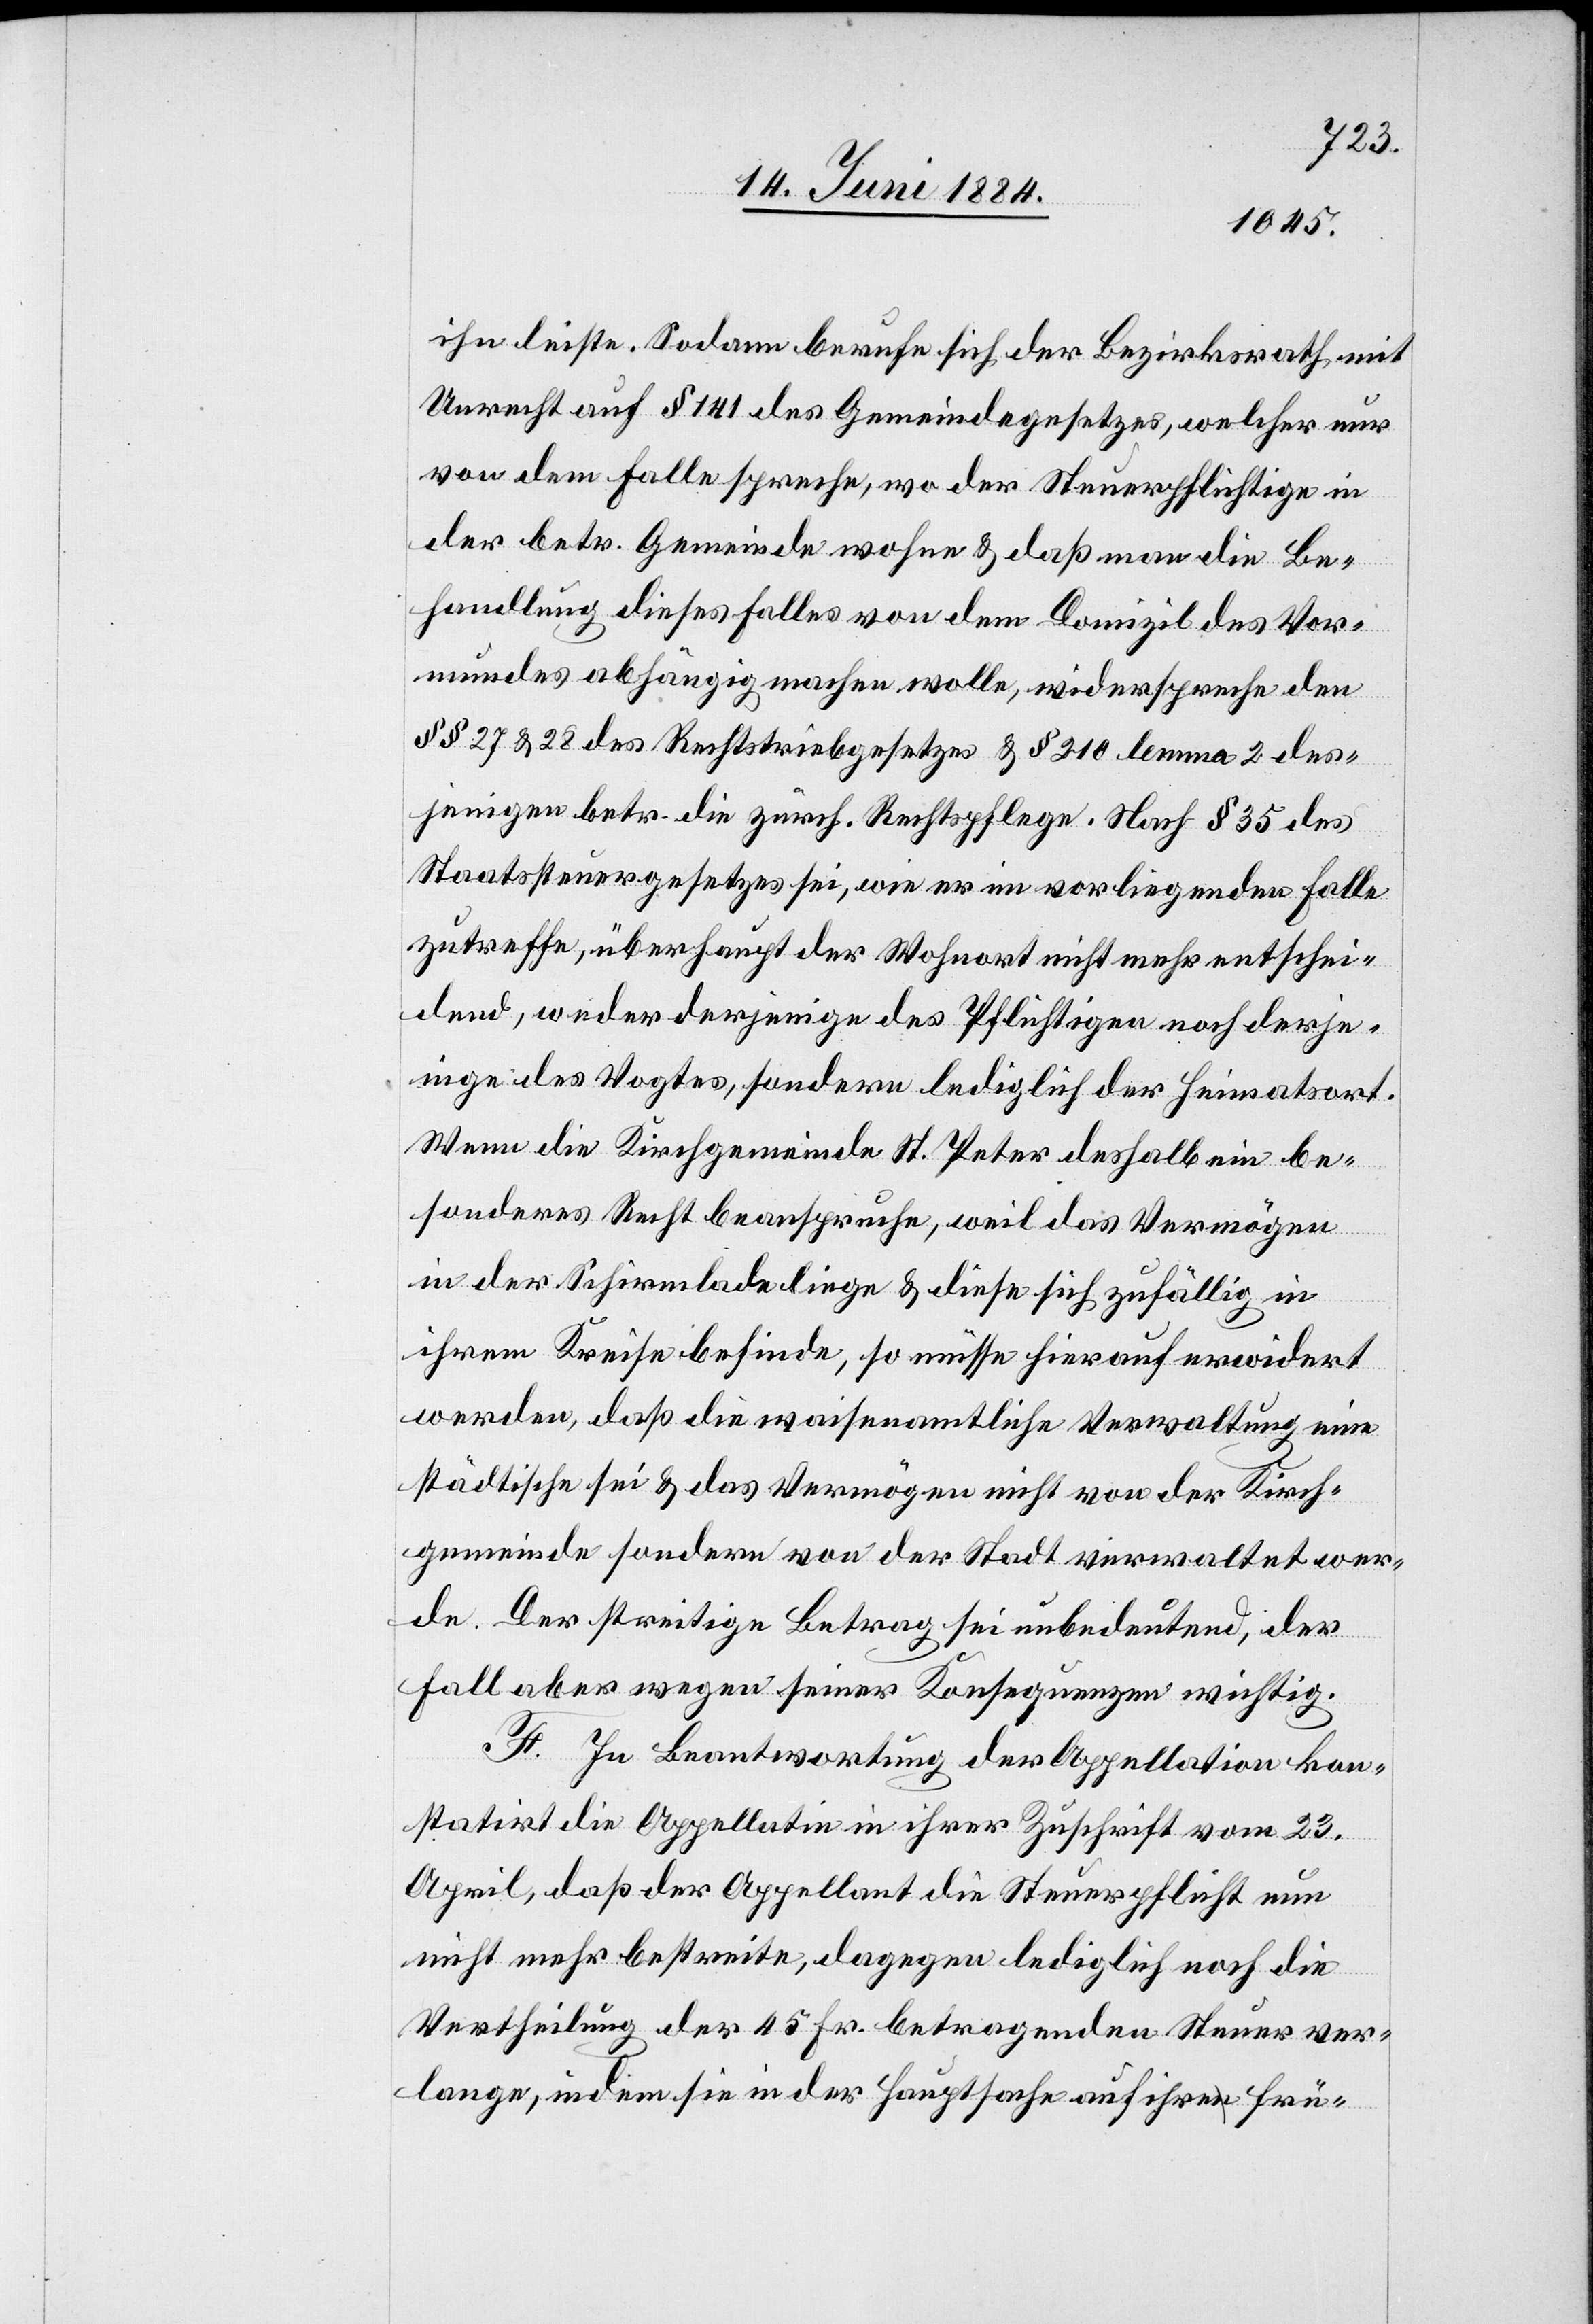
leiste. Sodann berufe sich der Bezirksrath, mit
Unrecht auf § 141 des Gemeindegesetzes, welcher nur
von dem Falle spreche, wo der Steuerpflichtige in
der betr. Gemeinde wohne & daß man die Be¬
handlung dieses Falles von dem Domizil des Vor¬
mundes abhängig machen wolle, widerspreche den
§§ 27 & 28 des Rechtstriebgesetzes & § 210 lemma 2 des¬
jenigen betr. die zürch. Rechtspflege. Nach § 35 des
Staatssteuergesetzes sei, wie er im vorliegenden Falle
zutreffe, überhaupt der Wohnort nicht mehr entschei¬
dend, weder derjenige des Pflichtigen noch derje¬
nige des Vogtes, sondern lediglich der Heimatsort.
Wenn die Kirchgemeinde St. Peter deshalb ein be¬
sonderes Recht beanspruche, weil das Vermögen
in der Schirmlade liege & diese sich zufällig in
ihrem Kreise befinde, so müsse hierauf erwidert
werden, daß die waisenamtliche Verwaltung eine
städtische sei & das Vermögen nicht von der Kirch¬
gemeinde sondern von der Stadt verwaltet wer¬
de. Der streitige Betrag sei unbedeutend, der
Fall aber wegen seiner Konsequenzen wichtig.
F. In Beantwortung der Appellation kon¬
statirt die Appellatin in ihrer Zuschrift vom 23.
April, daß der Appellant die Steuerpflicht nun
nicht mehr bestreite, dagegen lediglich noch die
Vertheilung der 45 Fr. betragenden Steuer ver¬
lange, indem sie in der Hauptsache auf ihre frü-